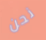
نحن